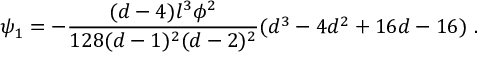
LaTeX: \psi _ { 1 } = - \frac { ( d - 4 ) l ^ { 3 } \phi ^ { 2 } } { 1 2 8 ( d - 1 ) ^ { 2 } ( d - 2 ) ^ { 2 } } ( d ^ { 3 } - 4 d ^ { 2 } + 1 6 d - 1 6 ) ~ .